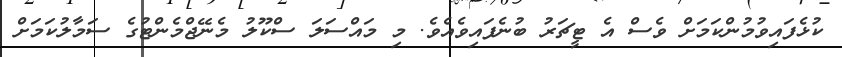
ކުޅެފައިވުމުންކަމަށް ވެސް އެ ޓީޗަރު ބުނެފައިވެއެވެ. މި މައްސަލަ ސްކޫލު މެނޭޖްމެންޓުގެ ސަމާލުކަމަށް